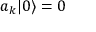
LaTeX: a _ { k } | 0 \rangle = 0